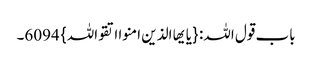
باب قول اللہ: {یایھا الذین امنوا اتقواللہ} 6094۔